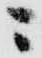
ニ